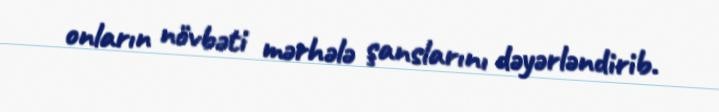
onların növbəti mərhələ şanslarını dəyərləndirib.